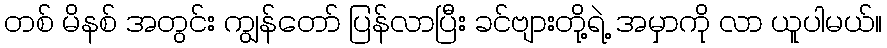
တစ် မိနစ် အတွင်း ကျွန်တော် ပြန်လာပြီး ခင်ဗျားတို့ရဲ့ အမှာကို လာ ယူပါမယ်။